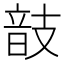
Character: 𢻕